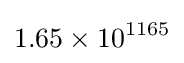
1.65\times 10^{1165}